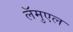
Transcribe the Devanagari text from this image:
लॅमुएल